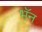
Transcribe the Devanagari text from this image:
भॅन